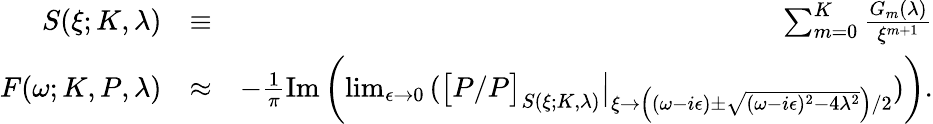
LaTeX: \begin{array}{rlr}{S(\xi;K,\lambda)}&{\equiv}&{\sum_{m=0}^{K}\frac{G_{m}(\lambda)}{\xi^{m+1}}}\\ {F(\omega;K,P,\lambda)}&{\approx}&{-\frac{1}{\pi}\mathrm{Im}\left(\operatorname*{lim}_{\epsilon\to 0}\left(\big[P/P\big]_{S(\xi;K,\lambda)}\big\vert_{\xi\to\left((\omega-i\epsilon)\pm\sqrt{(\omega-i\epsilon)^{2}-4\lambda^{2}}\right)/2}\right)\right).}\end{array}